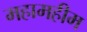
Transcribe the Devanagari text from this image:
महामहीम